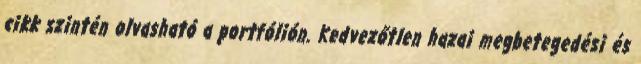
cikk szintén olvasható a portfólión. Kedvezőtlen hazai megbetegedési és